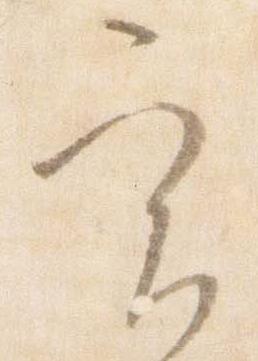
実